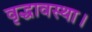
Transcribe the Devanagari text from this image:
वृद्धावस्था।